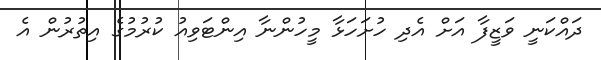
ދައްކަނީ ވަޒީފާ އަށް އެދި ހުށަހަޅާ މީހުންނާ އިންޓަވިއު ކުރުމުގެ އިތުރުން އެ